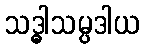
သဒ္ဓါသမ္ပဒါယ